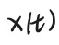
$x(t)$